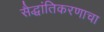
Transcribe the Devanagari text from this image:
सैद्धांतिकरणाचा